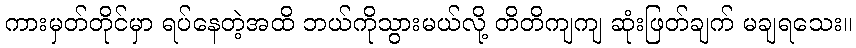
ကားမှတ်တိုင်မှာ ရပ်နေတဲ့အထိ ဘယ်ကိုသွားမယ်လို့ တိတိကျကျ ဆုံးဖြတ်ချက် မချရသေး။